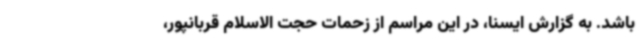
باشد. به گزارش ایسنا، در این مراسم از زحمات حجت الاسلام قربانپور،